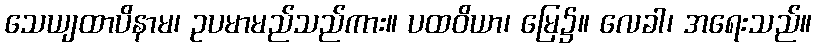
သေယျထာပိနာမ၊ ဥပမာမည်သည်ကား။ ပထဝိယာ၊ မြေ၌။ လေခါ၊ အရေးသည်။